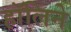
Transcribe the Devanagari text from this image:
हॉलिने